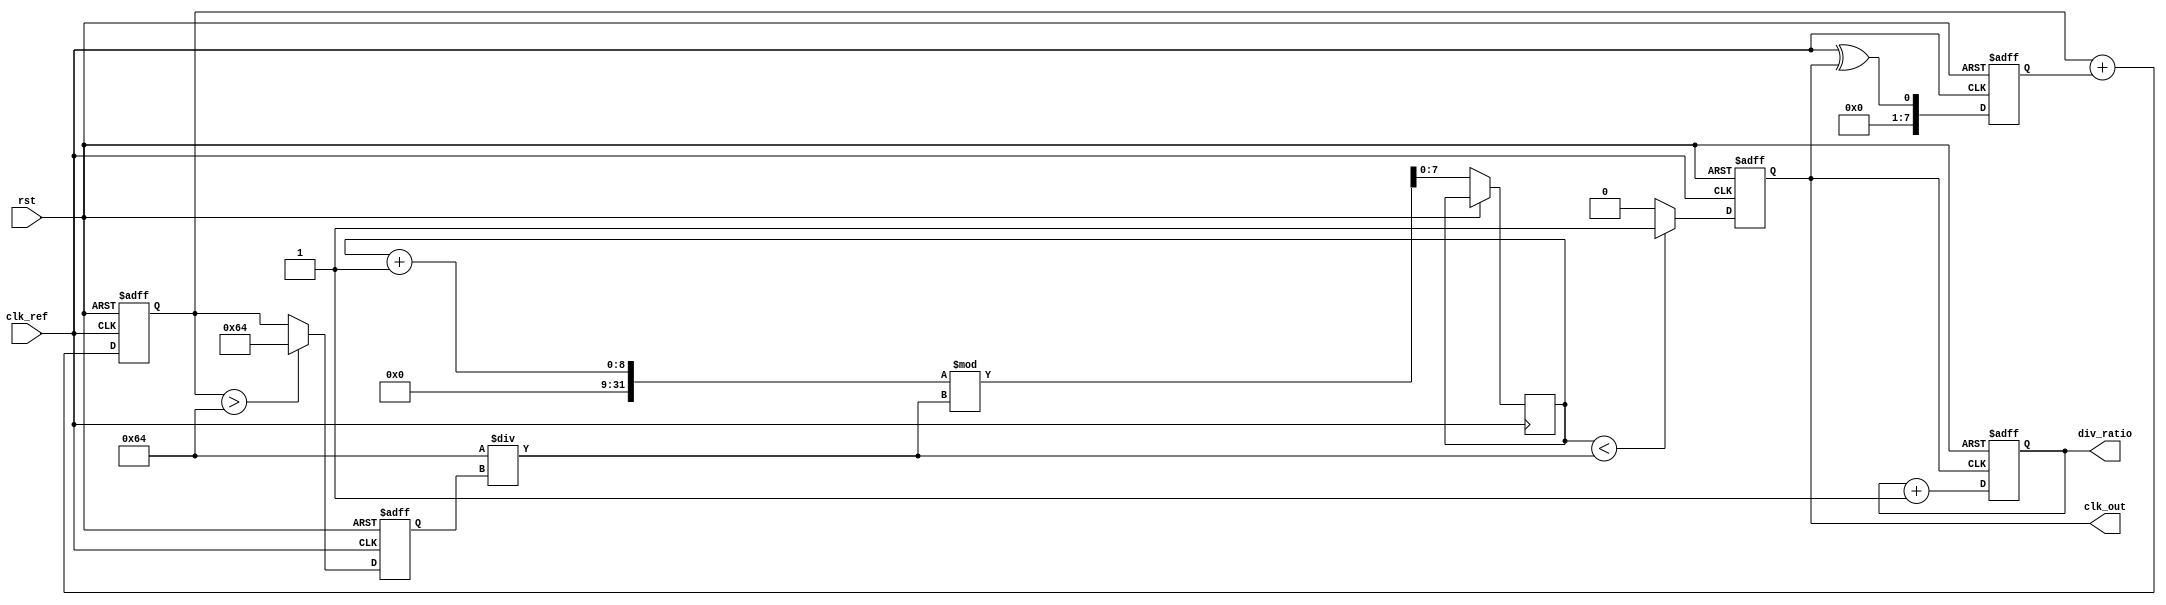
module PLL (
    input wire clk_ref,           // Reference clock
    input wire rst,               // Reset signal
    output reg clk_out,           // Output clock
    output reg [7:0] div_ratio    // Division ratio for the frequency divider
);

    // Parameters
    parameter N = 8;              // Number of bits for division ratio
    parameter VCO_MAX_FREQ = 100; // Maximum frequency of VCO (arbitrary units)
    
    // Internal signals
    reg [N-1:0] phase_error;      // Phase error signal
    reg [N-1:0] control_voltage;   // Control voltage for VCO
    reg [N-1:0] vco_freq;          // Frequency output from VCO
    reg [N-1:0] divider_count;     // Counter for frequency divider

    // Phase Detector: Simple XOR for phase detection
    always @(posedge clk_ref or posedge rst) begin
        if (rst) begin
            phase_error <= 0;
        end else begin
            // Assume feedback signal is clk_out for simplicity
            phase_error <= clk_ref ^ clk_out; // XOR for phase detection
        end
    end

    // Loop Filter: Simple first-order filter for control voltage
    always @(posedge clk_ref or posedge rst) begin
        if (rst) begin
            control_voltage <= 0;
        end else begin
            control_voltage <= control_voltage + phase_error; // Integrate phase error
        end
    end

    // Voltage-Controlled Oscillator (VCO)
    always @(posedge clk_ref or posedge rst) begin
        if (rst) begin
            vco_freq <= 0;
            clk_out <= 0;
        end else begin
            // Control VCO frequency based on control voltage
            vco_freq <= control_voltage > VCO_MAX_FREQ ? VCO_MAX_FREQ : control_voltage;
            // Generate output clock based on VCO frequency
            clk_out <= (divider_count < (VCO_MAX_FREQ / vco_freq)) ? 1'b1 : 1'b0;
            divider_count <= (divider_count + 1) % (VCO_MAX_FREQ / vco_freq);
        end
    end

    // Frequency Divider
    always @(posedge clk_out or posedge rst) begin
        if (rst) begin
            div_ratio <= 0;
        end else begin
            div_ratio <= div_ratio + 1; // Increment division ratio
        end
    end

endmodule